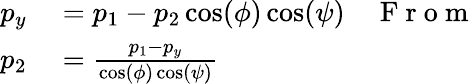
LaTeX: \begin{array}{rlr}{p_{y}}&{{}=p_{1}-p_{2}\cos(\phi)\cos(\psi)}&{\mathrm{~F~r~o~m~}}\\ {p_{2}}&{{}=\frac{p_{1}-p_{y}}{\cos(\phi)\cos(\psi)}}&{}\end{array}